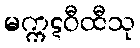
မက္ကဋဝီထီသု